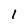
Character: I